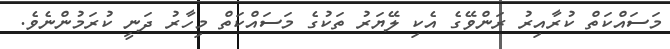
މަސައްކަތް ކުރާއިރު ރަންވޭގެ އެކި ލޭޔަރު ތަކުގެ މަސައްކަތް މިހާރު ދަނީ ކުރަމުންނެވެ.